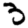
Digit: 3